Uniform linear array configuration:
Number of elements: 64
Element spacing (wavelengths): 0.75
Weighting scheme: uniform
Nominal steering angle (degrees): -15
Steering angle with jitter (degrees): -13.565
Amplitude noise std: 0.05
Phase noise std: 0.05

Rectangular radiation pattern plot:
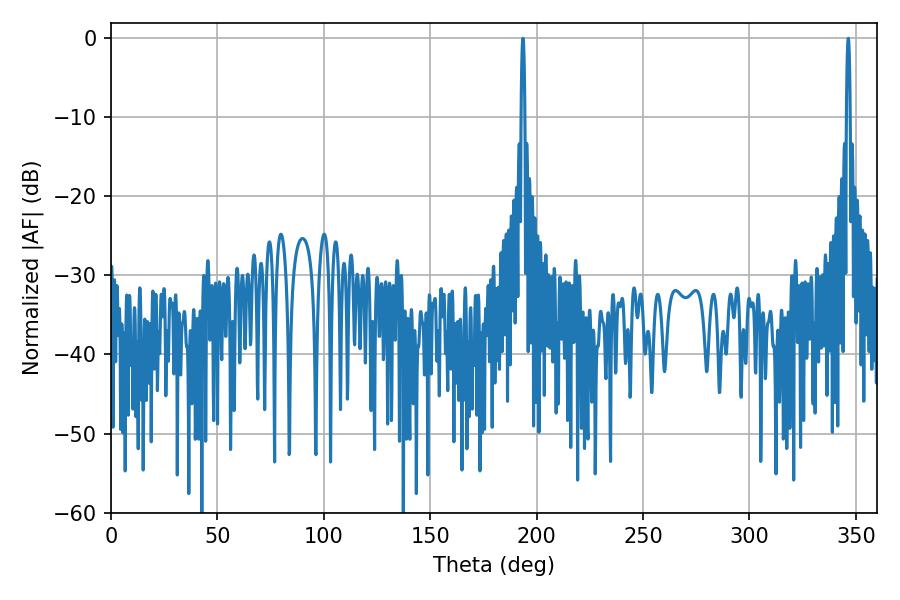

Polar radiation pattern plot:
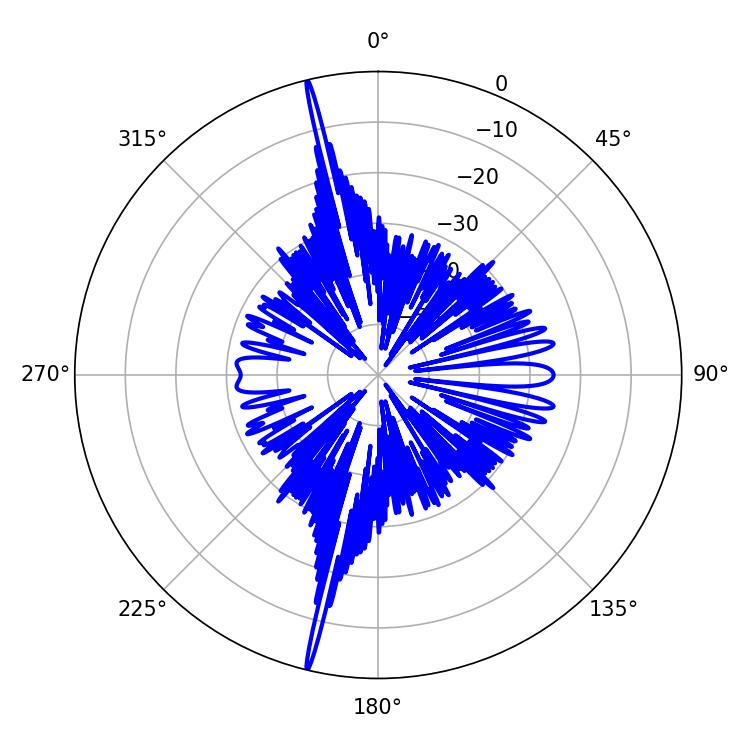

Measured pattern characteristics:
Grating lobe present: TRUE
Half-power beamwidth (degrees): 0.9
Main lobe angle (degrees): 193.5